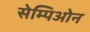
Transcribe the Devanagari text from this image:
सेम्पिओन